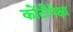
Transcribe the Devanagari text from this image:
कोंटीपेक्षा